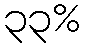
၃၃%